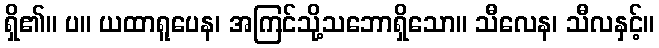
ရှိ၏။ ပ။ ယထာရူပေန၊ အကြင်သို့သဘောရှိသော။ သီလေန၊ သီလနှင့်။